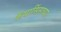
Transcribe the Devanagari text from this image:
कॅथार्सिसच्या